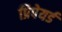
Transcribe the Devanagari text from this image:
प्रिपेयर्ड